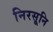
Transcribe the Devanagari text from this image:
निरसूनि